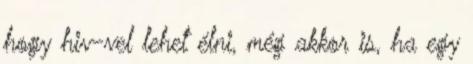
hogy hiv-vel lehet élni, még akkor is, ha egy